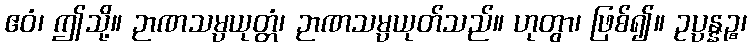
ဧဝံ၊ ဤသို့။ ဉာဏသမ္ပယုတ္တံ၊ ဉာဏသမ္ပယုတ်သည်။ ဟုတွာ၊ ဖြစ်၍။ ဥပ္ပန္နဉ္စ၊